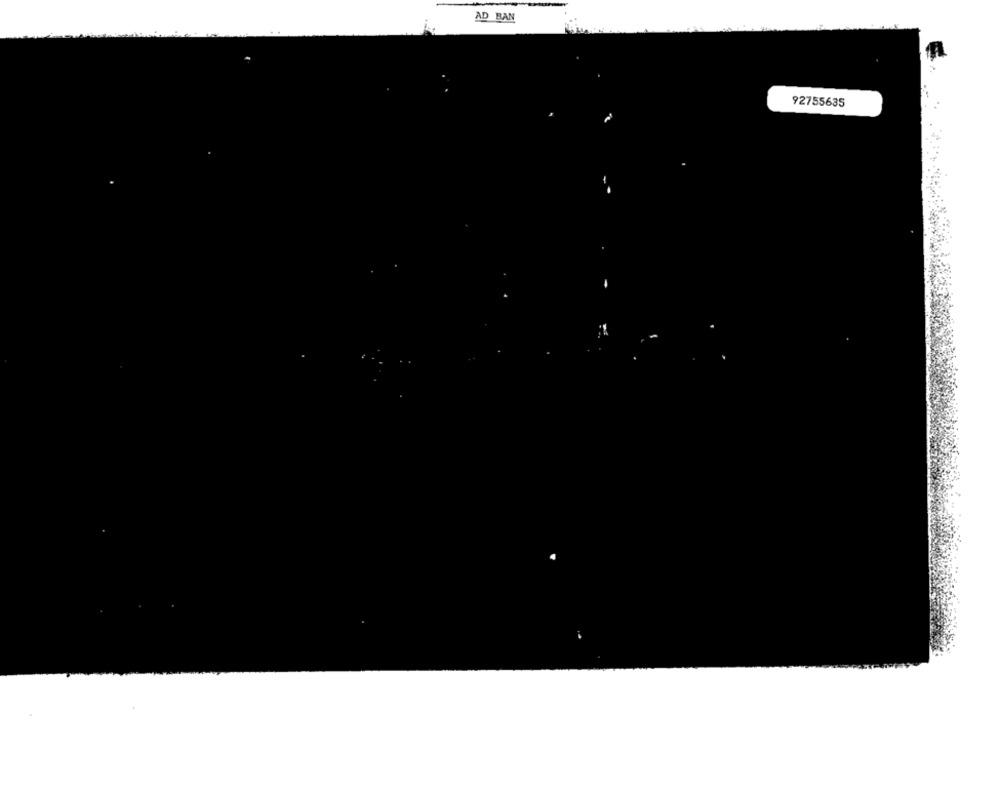
AD BAN
92755635